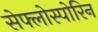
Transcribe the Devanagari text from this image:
सेफ्लोस्पोरिन